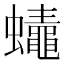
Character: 𲀒